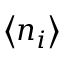
\left\langle n _ { i } \right\rangle